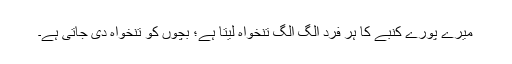
میرے پورے کنبے کا ہر فرد الگ الگ تنخواہ لیتا ہے؛ بچوں کو تنخواہ دی جاتی ہے۔